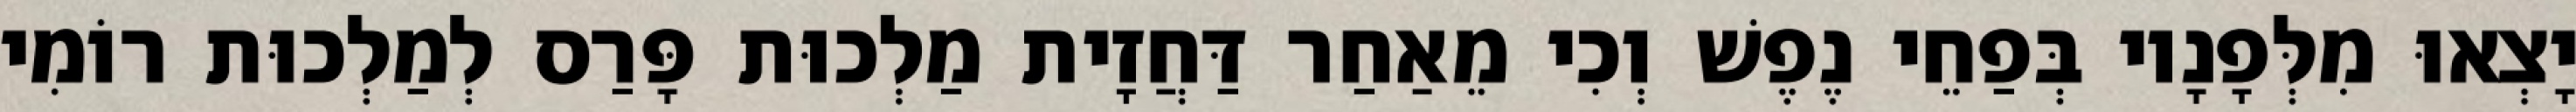
יָצְאוּ מִלְּפָנָיו בְּפַחֵי נֶפֶשׁ וְכִי מֵאַחַר דַּחֲזָית מַלְכוּת פָּרַס לְמַלְכוּת רוֹמִי